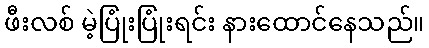
ဖီးလစ် မဲ့ပြုံးပြုံးရင်း နားထောင်နေသည်။